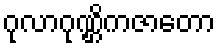
ဂုလာဂုဏ္ဌိကဇာတော